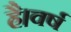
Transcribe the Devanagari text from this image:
है।वर्ष